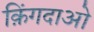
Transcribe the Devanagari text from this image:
क़िंगदाओ